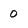
Character: 0